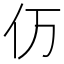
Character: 𮯵